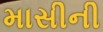
માસીની